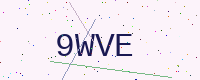
Text: 9WVE